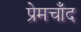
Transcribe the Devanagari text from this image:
प्रेमचाँद